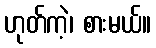
ဟုတ်ကဲ့၊ စားမယ်။